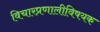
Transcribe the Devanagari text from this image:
विचारप्रणालीविषयक